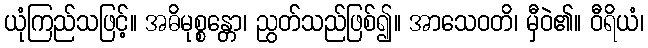
ယုံကြည်သဖြင့်။ အဓိမုစ္စန္တော၊ ညွတ်သည်ဖြစ်၍။ အာသေဝတိ၊ မှီဝဲ၏။ ဝီရိယံ၊